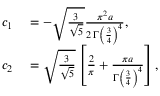
\begin{array} { r l } { c _ { 1 } } & { { } = - \sqrt { \frac { 3 } { \sqrt { 5 } } } \frac { \pi ^ { 2 } a } { 2 \, \Gamma \left( \frac { 3 } { 4 } \right) ^ { 4 } } , } \\ { c _ { 2 } } & { { } = \sqrt { \frac { 3 } { \sqrt { 5 } } } \left[ \frac { 2 } { \pi } + \frac { \pi a } { \Gamma \left( \frac { 3 } { 4 } \right) ^ { 4 } } \right] , } \end{array}